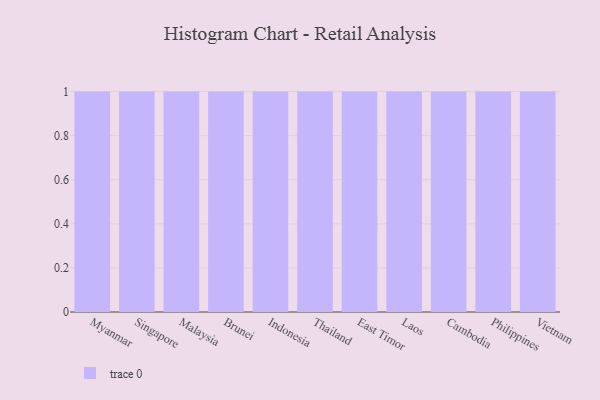
{"axis": {"x": "Country", "y": "Customer Acquisition Cost (USD)"}, "legend": [""], "data": [{"x": "Myanmar", "y": 69, "type": ""}, {"x": "Singapore", "y": 65, "type": ""}, {"x": "Malaysia", "y": 47, "type": ""}, {"x": "Brunei", "y": 48, "type": ""}, {"x": "Indonesia", "y": 46, "type": ""}, {"x": "Thailand", "y": 89, "type": ""}, {"x": "East Timor", "y": 45, "type": ""}, {"x": "Laos", "y": 79, "type": ""}, {"x": "Cambodia", "y": 58, "type": ""}, {"x": "Philippines", "y": 97, "type": ""}, {"x": "Vietnam", "y": 29, "type": ""}]}